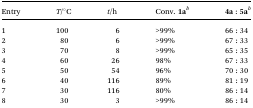
| Entry | T/°C | t/h | Conv. 1ab | 4a : 5ab |
 | --- | --- | --- | --- | --- |
 | 1 | 100 | 6 | >99% | 66 : 34 |
 | 2 | 80 | 6 | >99% | 67 : 33 |
 | 3 | 70 | 8 | >99% | 65 : 35 |
 | 4 | 60 | 26 | 98% | 67 : 33 |
 | 5 | 50 | 54 | 96% | 70 : 30 |
 | 6 | 40 | 116 | 89% | 81 : 19 |
 | 7 | 30 | 116 | 80% | 86 : 14 |
 | 8 | 30 | 3 | >99% | 86 : 14 |